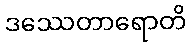
ဒဿေတာရောတိ